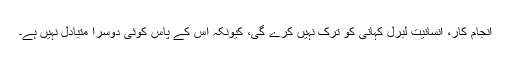
انجام کار، انسانیت لبرل کہانی کو ترک نہیں کرے گی، کیونکہ اس کے پاس کوئی دوسرا متبادل نہیں ہے۔